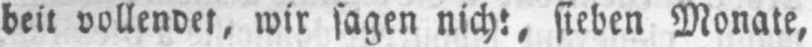
beit vollendet, wir sagen nicht, sieben Monate,